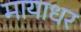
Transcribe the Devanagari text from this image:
मायाधर